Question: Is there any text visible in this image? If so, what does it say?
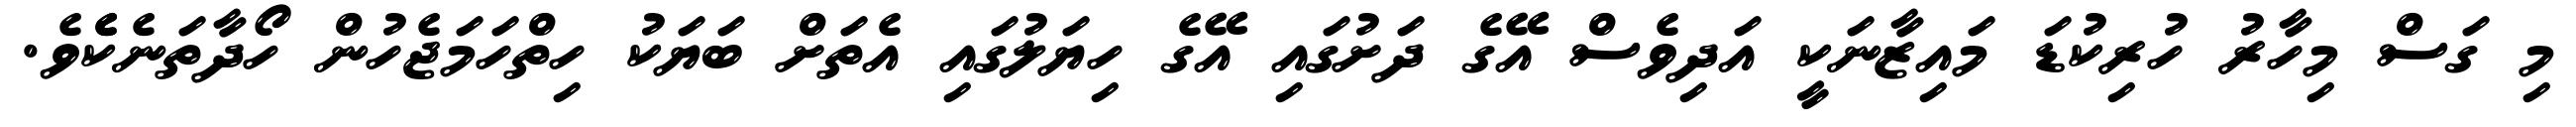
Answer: މި ގަސް މިހާރު ހުރިކުޑަ މައިޒާނަކީ އަދިވެސް އޭގެ ދަށުގައި އޭގެ ހިޔަލުގައި އެތަށް ބަޔަކު ހިތްހަމަޖެހުން ހޯދާތަނެކެެވެ.